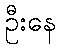
ဦးနေ